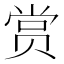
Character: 赏